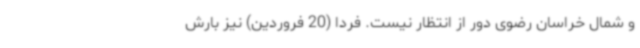
و شمال خراسان رضوی دور از انتظار نیست. فردا (20 فروردین) نیز بارش